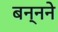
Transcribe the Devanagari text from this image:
बन्नने